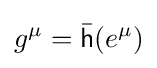
g^{\mu }={\bar {\mathsf {h}}}(e^{\mu })